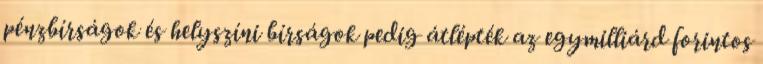
pénzbírságok és helyszíni bírságok pedig átlépték az egymilliárd forintos